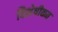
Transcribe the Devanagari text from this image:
विशेषीकत